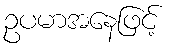
ဥပမာအနေဖြင့်